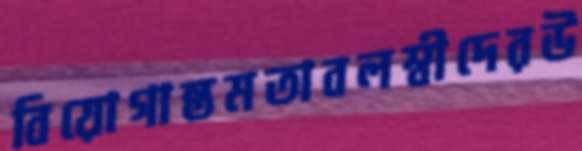
বিয়োগান্তমতাবলম্বীদেরউ